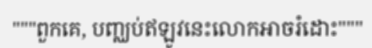
"""ពួកគេ, បញ្ឈប់ឥឡូវនេះលោកអាចរំដោះ"""